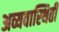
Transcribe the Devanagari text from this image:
अव्यवास्थिती